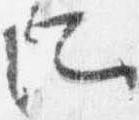
所